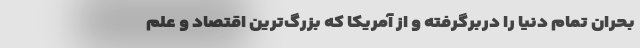
بحران تمام دنیا را دربرگرفته و از آمریکا که بزرگ‌ترین اقتصاد و علم